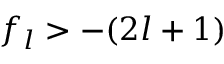
f _ { l } > - ( 2 l + 1 )